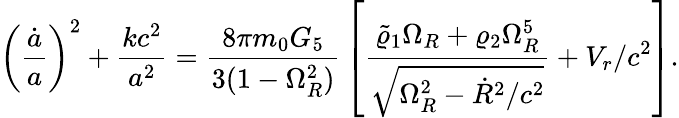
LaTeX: \left({\frac{\dot{a}}{a}}\right)^{2}+{\frac{kc^{2}}{a^{2}}}={\frac{8\pi m_{0}G_{5}}{3(1-\Omega_{R}^{2})}}\left[{\frac{\tilde{\varrho}_{1}\Omega_{R}+\varrho_{2}\Omega_{R}^{5}}{\sqrt{\Omega_{R}^{2}-\dot{R}^{2}/c^{2}}}}+V_{r}/c^{2}\right].